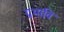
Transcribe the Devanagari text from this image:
प्रभावि